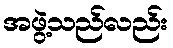
အဖွဲ့သည်လည်း